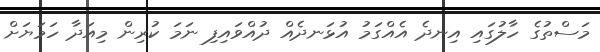
މަސްތުގެ ހާލުގައި އިނދެ އެއްގަމު އުޅަނދެއް ދުއްވައިފި ނަމަ ކުރިން މިއަދާ ހަމަޔަށް